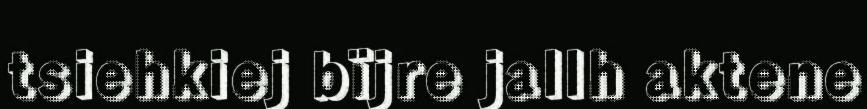
tsiehkiej bïjre jallh aktene